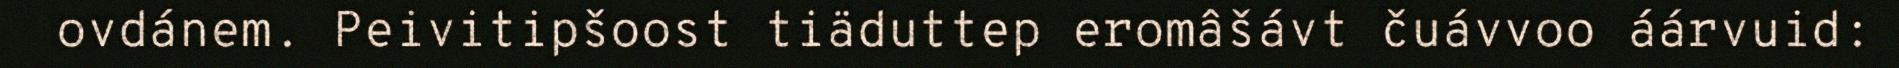
ovdánem. Peivitipšoost tiäduttep eromâšávt čuávvoo áárvuid: